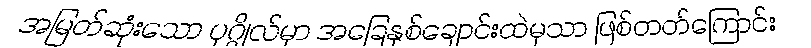
အမြတ်ဆုံးသော ပုဂ္ဂိုလ်မှာ အခြေနှစ်ချောင်းထဲမှသာ ဖြစ်တတ်ကြောင်း